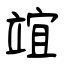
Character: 竩